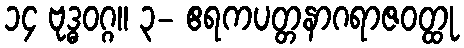
၁၄ ဗုဒ္ဓဝဂ္ဂ။ ၃- ဧရကပတ္တနာဂရာဇဝတ္ထု